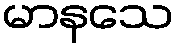
မာနသေ